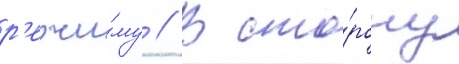
р'ежи́му // В сто́рону